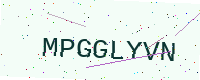
Text: MPGGLYVN